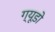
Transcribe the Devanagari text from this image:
ग्यूडो